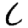
Digit: 6